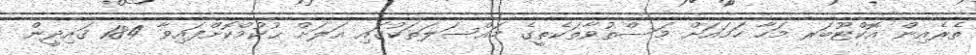
ތެރެއިން އޮކްޓޫބަރ މަހާ ހަމައަށް މަސްތުވާތަކެތީގެ މައްސަލަތަކުގައި އަލަށް ޙުކުމްކޮށްފައިވާ 184 ޤައިދީން